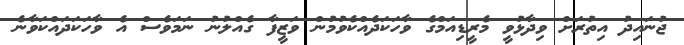
ޖުނައިދު އިތުރަށް ވިދާޅުވީ މެރީޑިއަމްގެ ވާހަކަދެއްކެވުމުން ވަޒީފާ ގެއްލުނު ނަމަވެސް އެ ވާހަކަދައްކަވާނެ